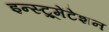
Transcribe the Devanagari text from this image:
इन्स्ट्रूमेंटेशन